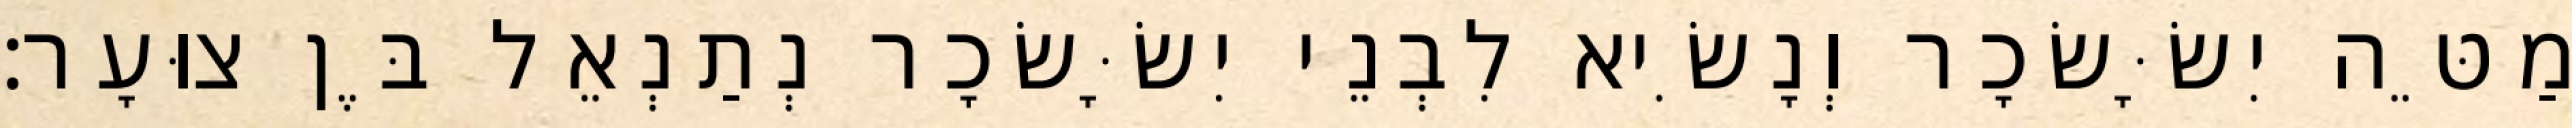
מַטֵּה יִשָּׂשׂכָר וְנָשִׂיא לִבְנֵי יִשָּׂשׂכָר נְתַנְאֵל בֶּן צוּעָר׃